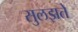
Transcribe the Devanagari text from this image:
सुलझते